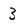
Character: 3